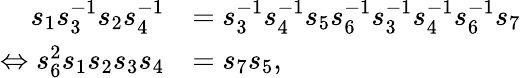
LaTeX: \begin{array}{rl}{s_{1}s_{3}^{-1}s_{2}s_{4}^{-1}}&{=s_{3}^{-1}s_{4}^{-1}s_{5}s_{6}^{-1}s_{3}^{-1}s_{4}^{-1}s_{6}^{-1}s_{7}}\\ {\Leftrightarrow s_{6}^{2}s_{1}s_{2}s_{3}s_{4}}&{=s_{7}s_{5},}\end{array}